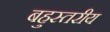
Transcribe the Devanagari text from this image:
बहुस्‍तरीय